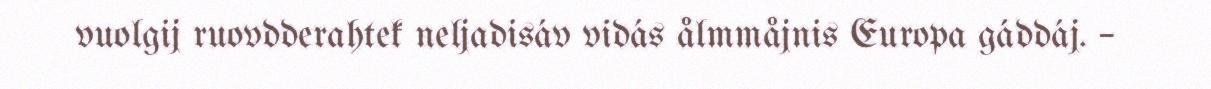
vuolgij ruovdderahtek neljadisáv vidás ålmmåjnis Europa gáddáj. –